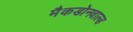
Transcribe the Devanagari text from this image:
मैकडोनवाल्ड